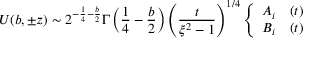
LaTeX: U ( b , \pm z ) \sim 2 ^ { - \frac { 1 } { 4 } - \frac { b } { 2 } } \Gamma \left( \frac { 1 } { 4 } - \frac { b } { 2 } \right) \left( \frac { t } { \xi ^ { 2 } - 1 } \right) ^ { 1 / 4 } \left\{ \begin{array} { l l } { { A _ { i } } } & { { ( t ) } } \\ { { B _ { i } } } & { { ( t ) } } \end{array} \right.